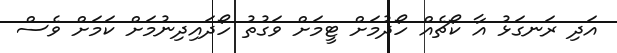
އަދި ރަނގަޅު އާ ކޯޗެއް ހޯދުމަށް ޓީމަށް ވަގުތު ހޯދައިދިނުމަށް ކަމަށް ވެސް